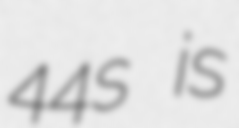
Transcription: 44s is